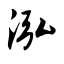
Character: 泓